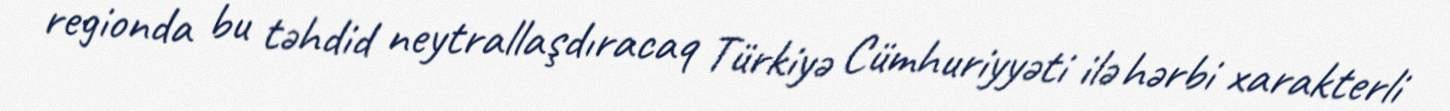
regionda bu təhdid neytrallaşdıracaq Türkiyə Cümhuriyyəti ilə hərbi xarakterli